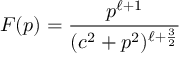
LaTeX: F ( p ) = { \frac { p ^ { \ell + 1 } } { ( c ^ { 2 } + p ^ { 2 } ) ^ { \ell + { \frac { 3 } { 2 } } } } }